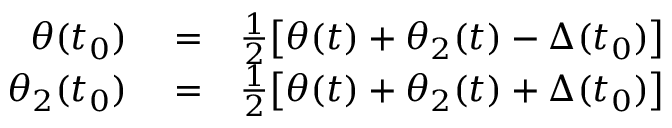
\begin{array} { r l r } { \theta ( t _ { 0 } ) } & { { } = } & { { \frac { 1 } { 2 } } \big [ \theta ( t ) + \theta _ { 2 } ( t ) - \Delta ( t _ { 0 } ) \big ] } \\ { \theta _ { 2 } ( t _ { 0 } ) } & { { } = } & { { \frac { 1 } { 2 } } \big [ \theta ( t ) + \theta _ { 2 } ( t ) + \Delta ( t _ { 0 } ) \big ] } \end{array}